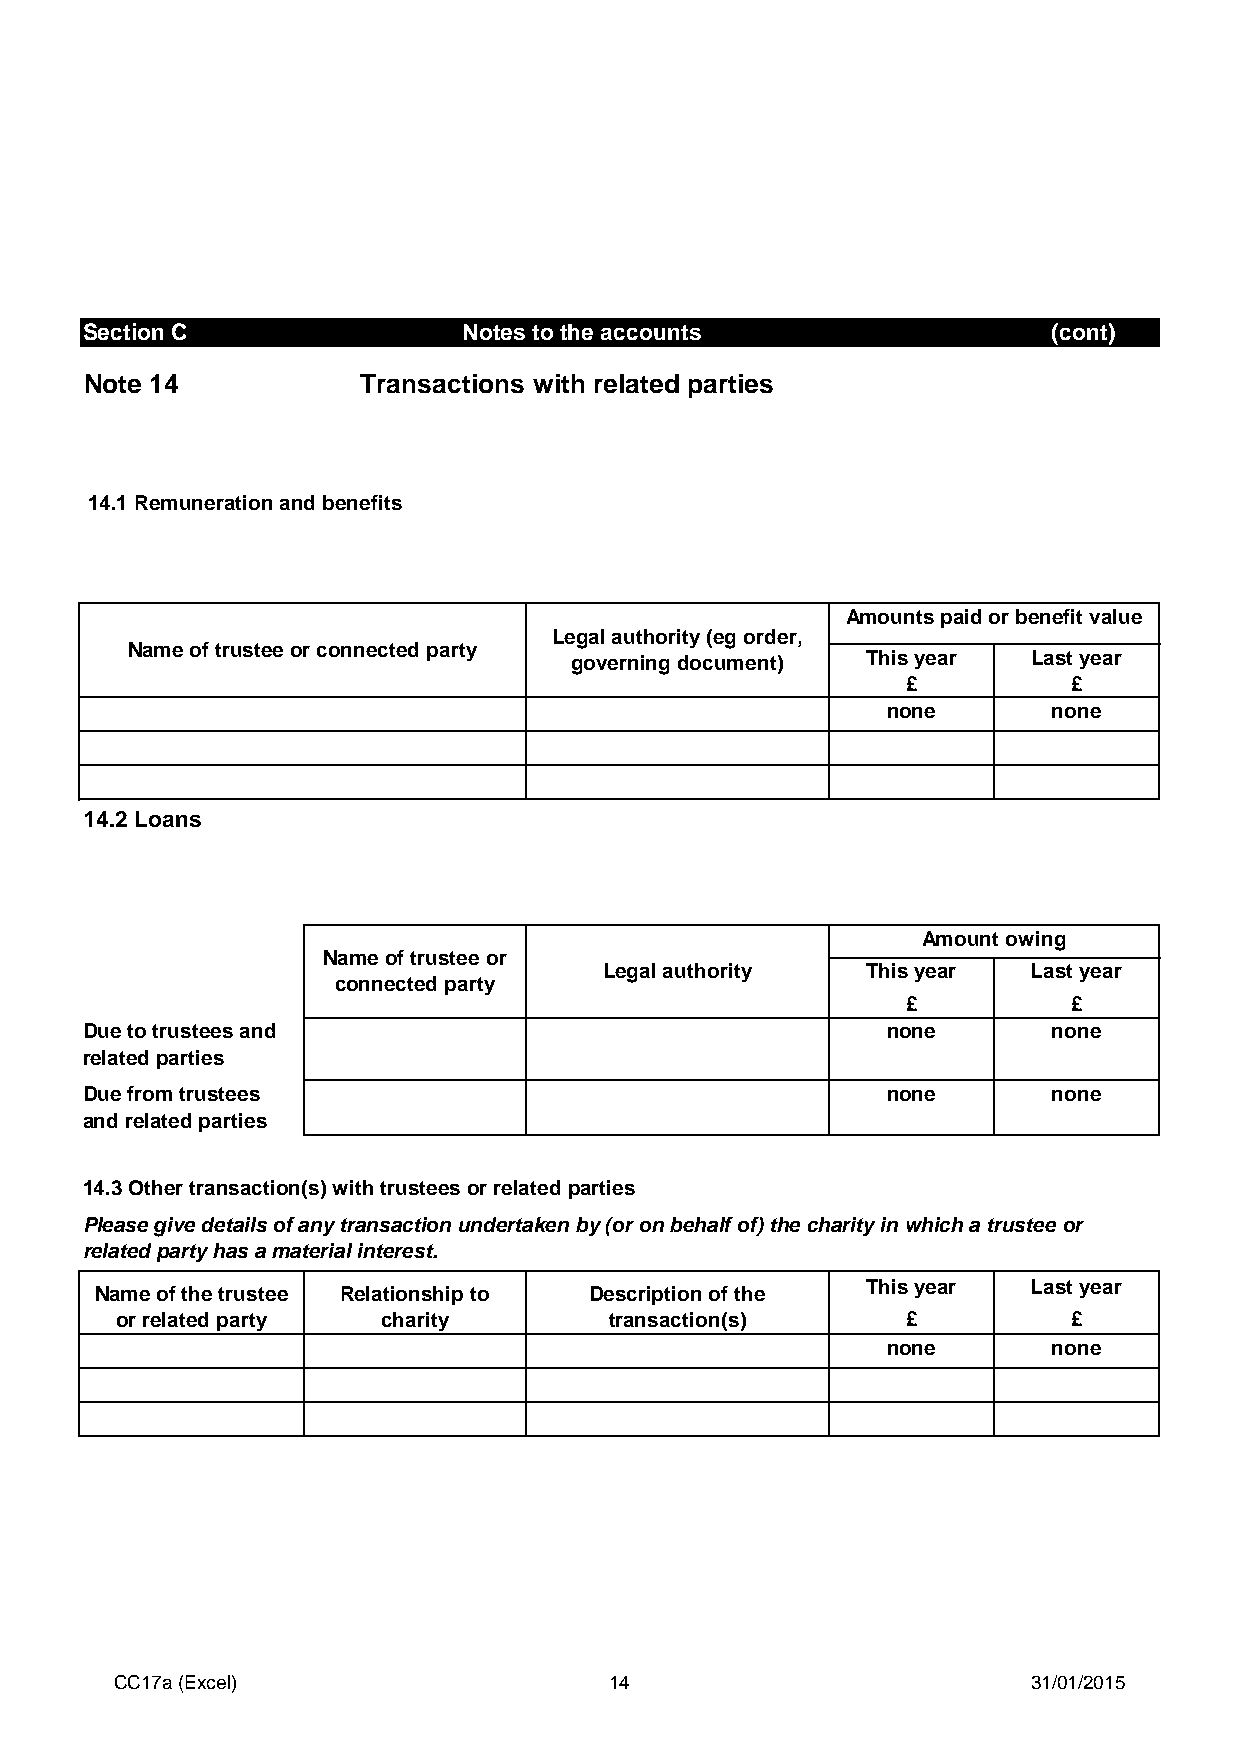
Section C                 Notes to the accounts                  (cont)
 Note 14           Transactions with related parties
 14.1 Remuneration and benefits
 Amounts paid or benefit value
 Legal authority (eg order,
 Name of trustee or connected party
 governing document) This year Last year
 £          £
 none       none
 14.2 Loans
 Amount owing
 Name of trustee or
 Legal authority  This year  Last year
 connected party
 £          £
 Due to trustees and                                   none       none
 related parties
 Due from trustees                                     none       none
 and related parties
 14.3 Other transaction(s) with trustees or related parties
 Please give details of any transaction undertaken by (or on behalf of) the charity in which a trustee or
 related party has a material interest.
 This year  Last year
 Name of the trustee Relationship to Description of the
 or related party charity        transaction(s)      £          £
 none       none
 CC17a (Excel)                   14                          31/01/2015